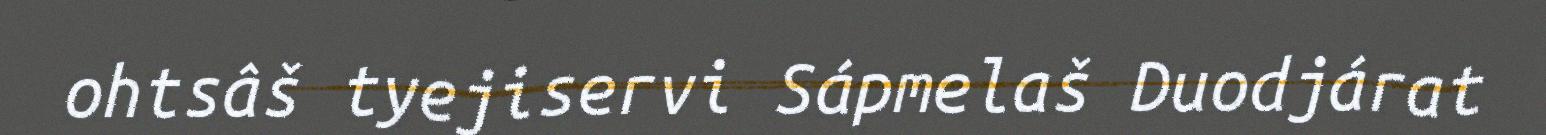
ohtsâš tyejiservi Sápmelaš Duodjárat